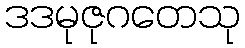
ဒဒမုဇုဂတေသု